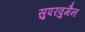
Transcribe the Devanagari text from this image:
सुपरवुमैन